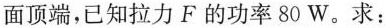
面顶端，已知拉力F的功率80W。求：